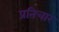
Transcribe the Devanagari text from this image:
प्रतिचार